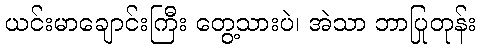
ယင်းမာချောင်းကြီး တွေ့သားပဲ၊ အဲသာ ဘာပြုတုန်း